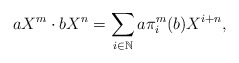
\begin{align*}a X^m \cdot b X^n = \sum_{i \in \mathbb{N}} a \pi_i^m(b) X^{i+n},\end{align*}